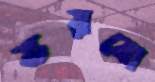
ভরবো